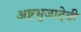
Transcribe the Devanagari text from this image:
अष्टभुजादेवी